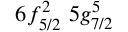
6 f _ { 5 / 2 } ^ { 2 } \, \, 5 g _ { 7 / 2 } ^ { 5 }